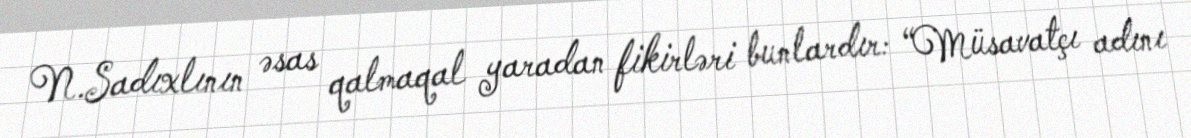
N.Sadıxlının əsas qalmaqal yaradan fikirləri bunlardır: “Müsavatçı adını